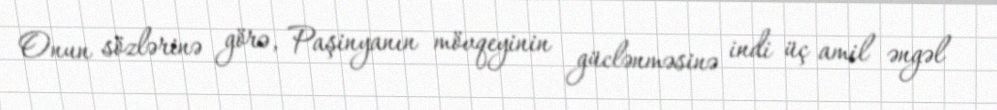
Onun sözlərinə görə, Paşinyanın mövqeyinin güclənməsinə indi üç amil əngəl